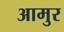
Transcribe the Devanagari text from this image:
आमुर